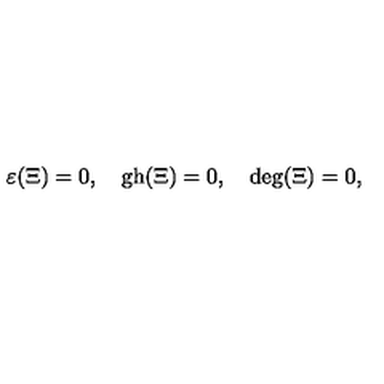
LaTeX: \varepsilon ( \Xi ) = 0 , \quad \mathrm { g h } ( \Xi ) = 0 , \quad \mathrm { d e g } ( \Xi ) = 0 ,